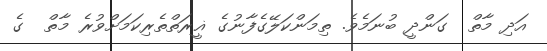
އަދި މާތް  ގަންދީ ބުނަމެވެ. ތިމަންކަލޭގެފާނުގެ ޣީރަތްތެރިކަމަށްވުރެ މާތް  ގެ